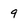
Character: 9